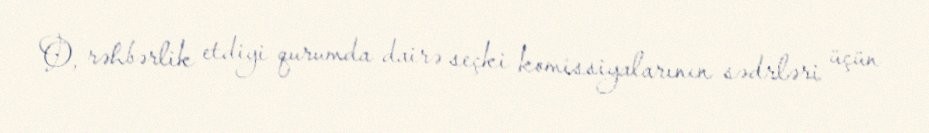
O, rəhbərlik etdiyi qurumda dairə seçki komissiyalarının sədrləri üçün